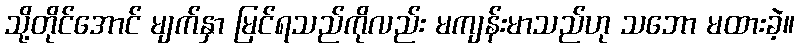
သို့တိုင်အောင် မျက်နှာ မြင်ရသည်ကိုလည်း မကျန်းမာသည်ဟု သဘော မထားခဲ့။